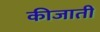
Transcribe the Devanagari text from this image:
कीजाती